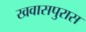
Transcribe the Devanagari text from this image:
खवासपुरास